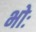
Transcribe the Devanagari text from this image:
भोः